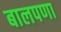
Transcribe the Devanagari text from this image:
बालपणा